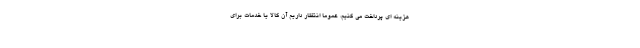
هزینه ای پرداخت می کنیم، عموما انتظار داریم آن کالا یا خدمات برای